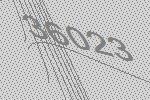
36023